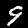
Digit: 9